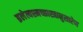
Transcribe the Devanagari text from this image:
ब्रलेत्यस्मच्छास्त्रानुसारेण